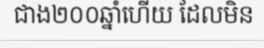
ជាង២០០ឆ្នាំហើយ ដែលមិន